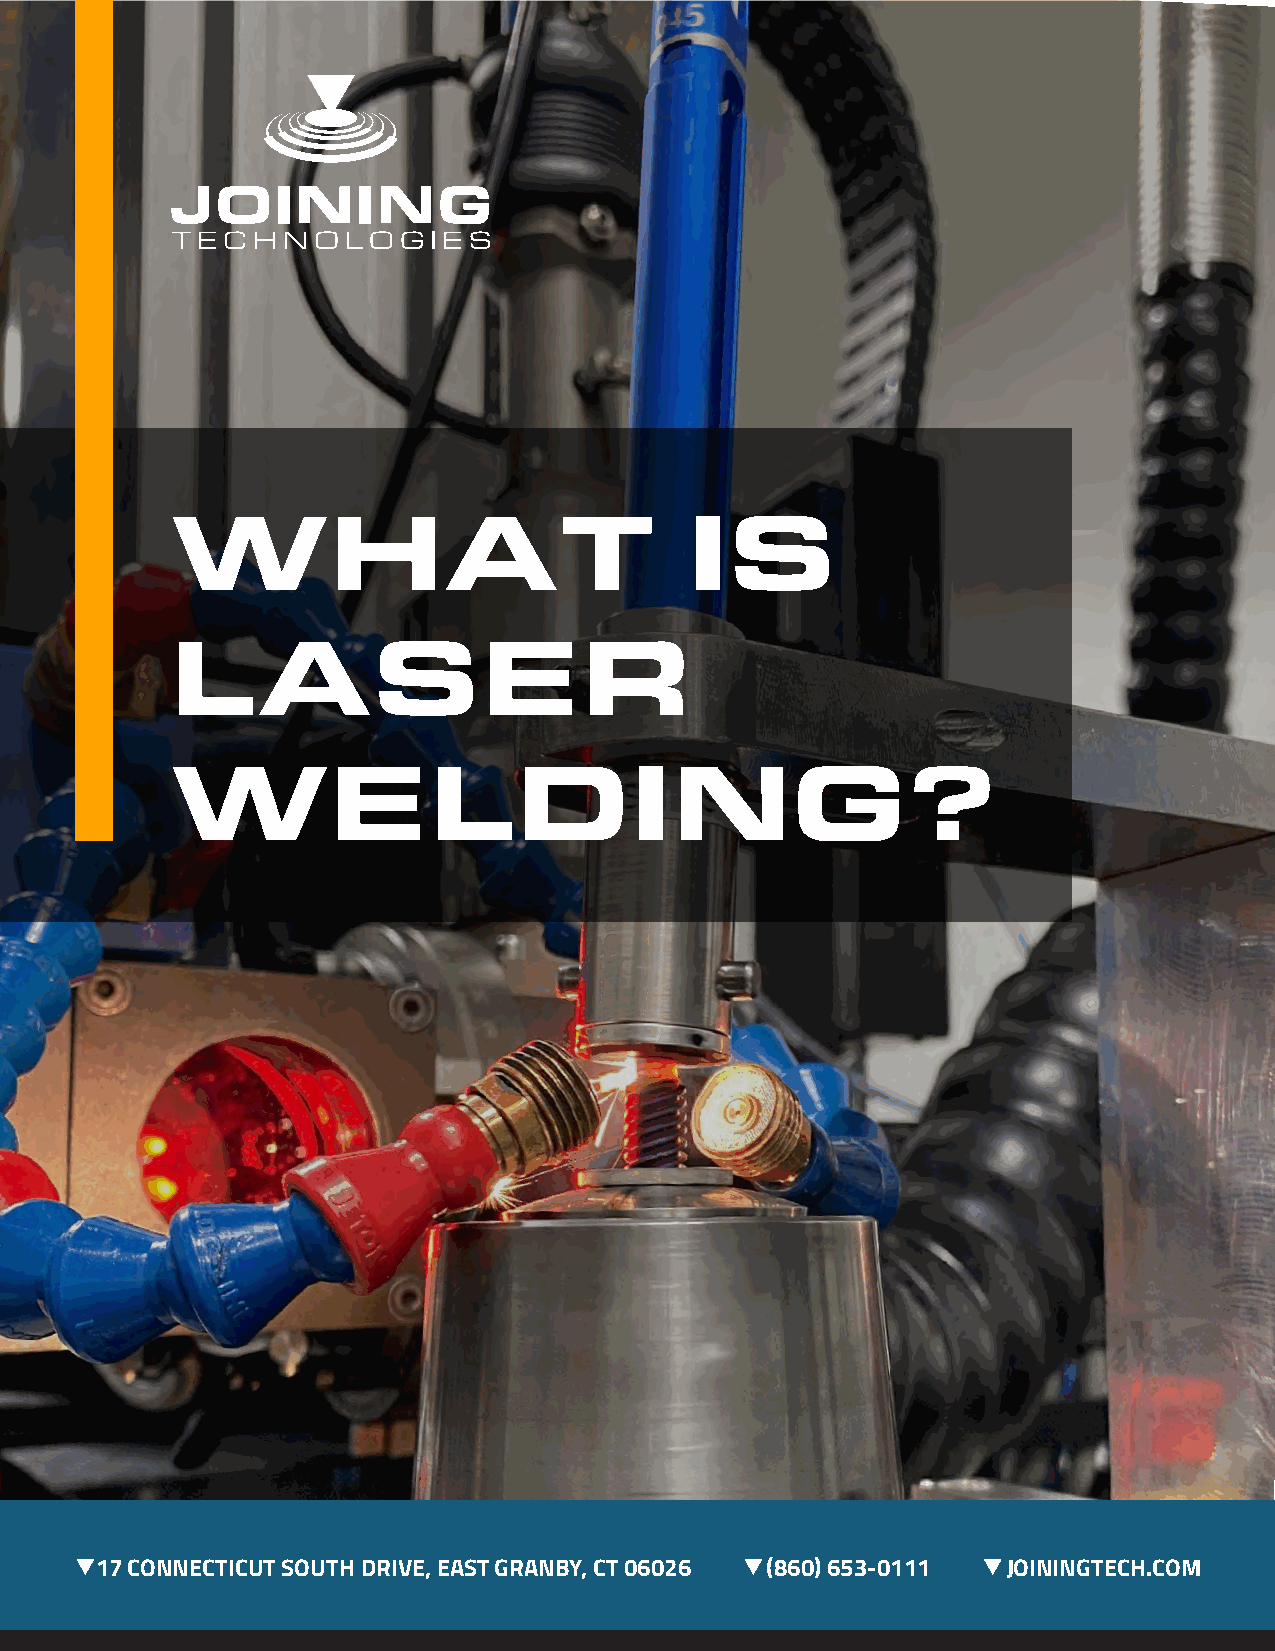
WHAT                               IS
 LASER
 WELDING?
 17 CONNECTICUT SOUTH DRIVE, EAST GRANBY, CT 06026 (860) 653-0111 JOININGTECH.COM